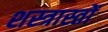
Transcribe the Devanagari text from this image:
शस्त्रास्तों